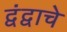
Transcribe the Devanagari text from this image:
द्वंद्वाचे